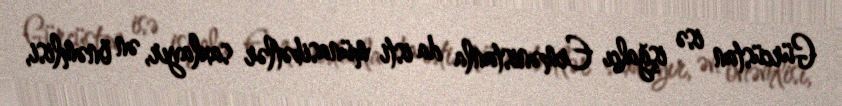
Gürcüstan isə işğalçı Ermənistanla da isti münasibətlər saxlayır, ən önəmlisi,